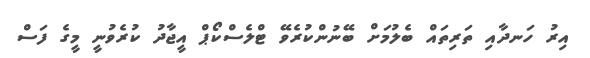
އިރު ހަނދާއި ތަރިތައް ބެލުމަށް ބޭނުންކުރެވޭ ޓްލެސްކޯޕް އީޖާދު ކުރެވުނީ މީގެ ފަސް